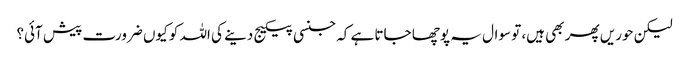
لیکن حوریں پھر بھی ہیں، تو سوال یہ پوچھا جاتا ہے کہ جنسی پیکیج دینے کی اللہ کو کیوں ضرورت پیش آئی؟